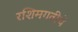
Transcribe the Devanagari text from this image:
रशिमगतीचे